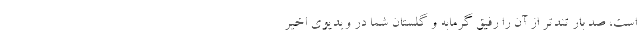
است، صد بار تندتر از آن را رفیق گرمابه و گلستان شما در ویدیوی اخیر